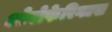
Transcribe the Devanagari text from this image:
ओरोफेरिगल्स